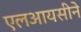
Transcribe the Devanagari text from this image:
एलआयसीने